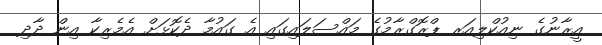
އީރާނުގެ ނިއުކްލިއަރ ޕްރޮގްރާމުގެ މައްސަލައިގައި އެ ގައުމާ ދެކޮޅަށް އެމެރިކާ އިން ދާދި